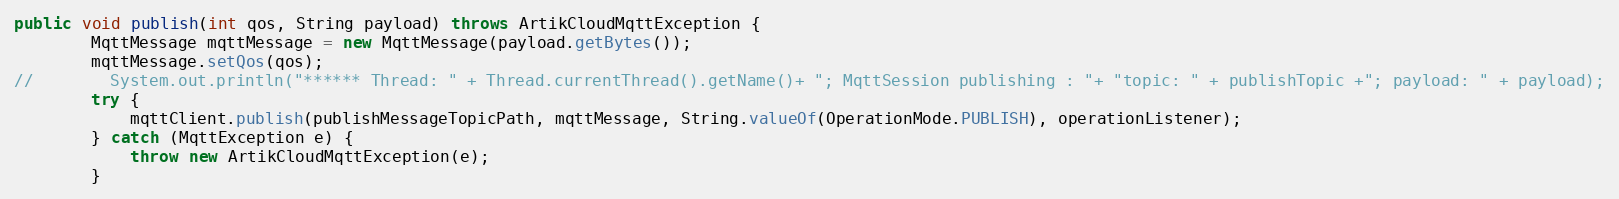
Language: Java
public void publish(int qos, String payload) throws ArtikCloudMqttException {
        MqttMessage mqttMessage = new MqttMessage(payload.getBytes());
        mqttMessage.setQos(qos);
//        System.out.println("****** Thread: " + Thread.currentThread().getName()+ "; MqttSession publishing : "+ "topic: " + publishTopic +"; payload: " + payload);
        try {
            mqttClient.publish(publishMessageTopicPath, mqttMessage, String.valueOf(OperationMode.PUBLISH), operationListener);
        } catch (MqttException e) {
            throw new ArtikCloudMqttException(e);
        }